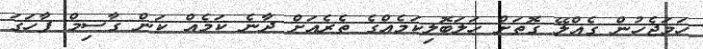
ހަމަޖެހުން ގެއްލޭ ގޮތަށް ހަލަބޮލިކަމެއްގެ ތެރެއަށް ދާނެ ކަމެއް ކަން ގާސިމް ފާހަގަ